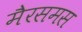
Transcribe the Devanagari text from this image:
मैरसमस